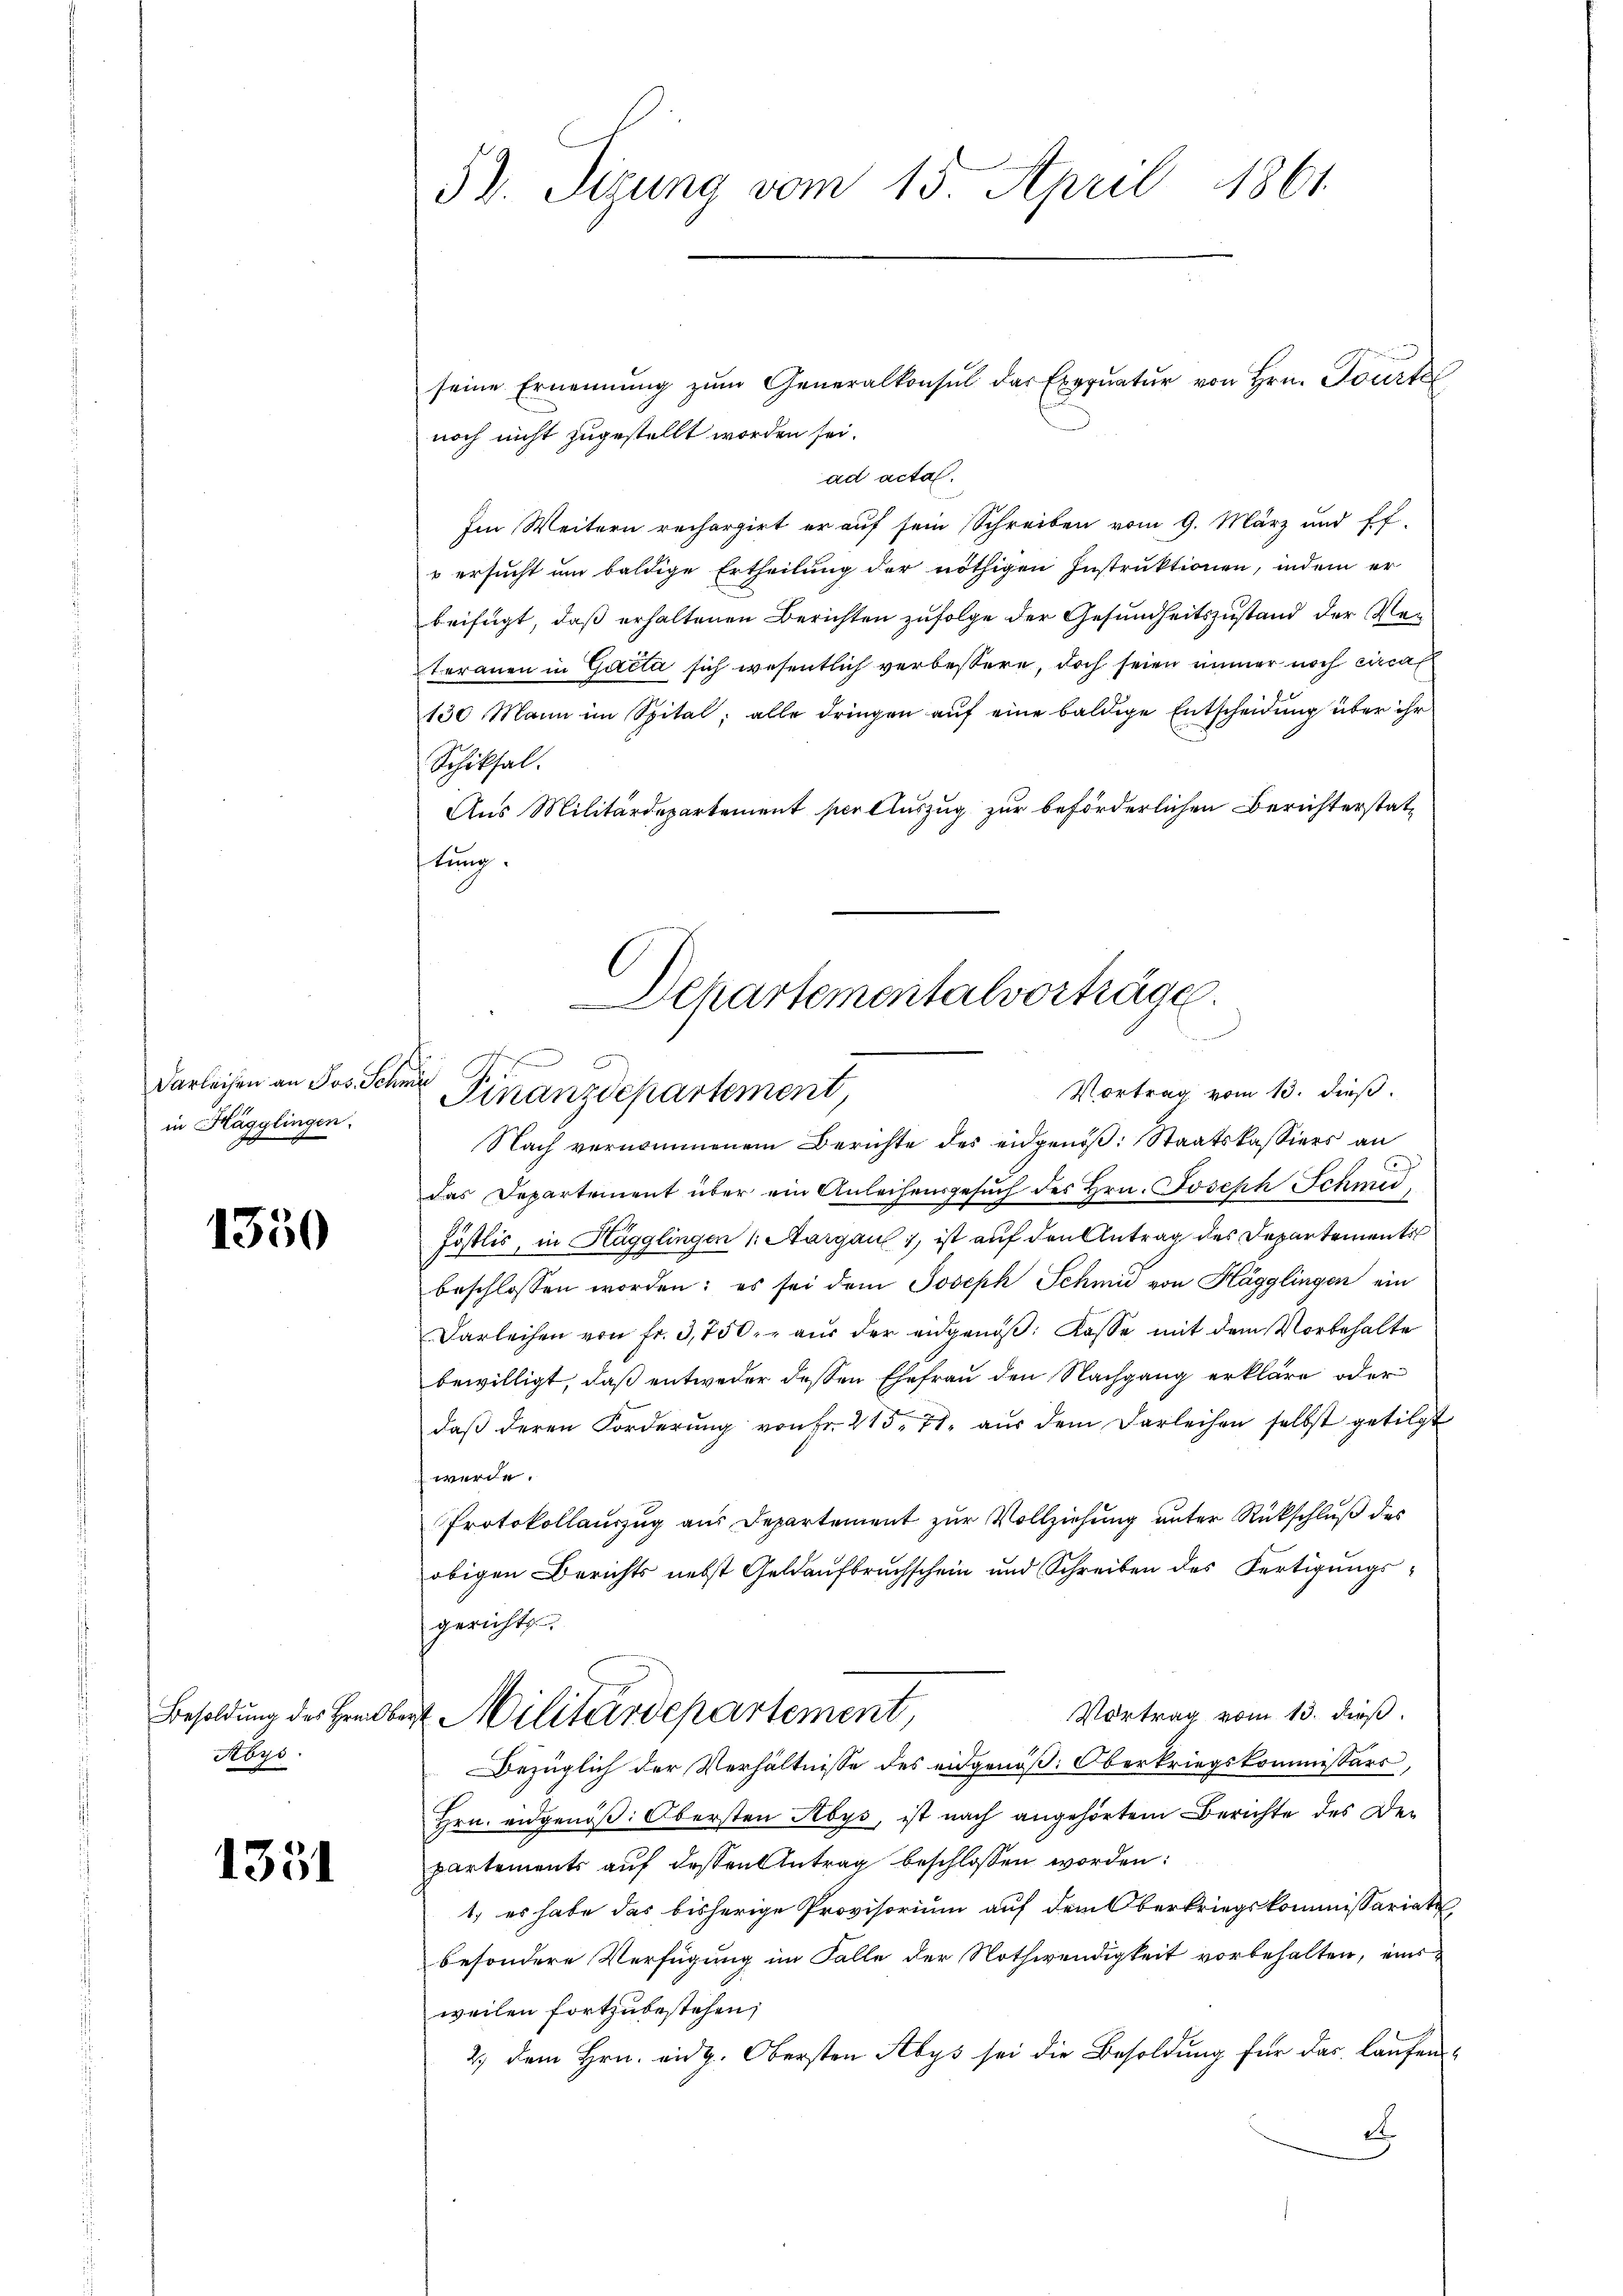
in Hägglingen.

1350

Besoldung des Breits
Abys

1331

noch nicht zugestellt worden sei.
ad acta.
Im Weitern rechargirt er auf sein Schreiben vom 9. März und ff.
 ersucht um baldige Ertheilung der nöthigen Instruktionen, indem er
beifügt, daß erhaltenen Berichten zufolge der Gesundheitszustand der Verteranen in Gutta sich wesentlich verbessere, doch seien immer noch circa
130 Mann im Spital, alle dringen auf eine baldige Entscheidung über ihr
Schiksal.
Aus Militärdepartement per Auszug zur beförderlichen Berichterstatstung.
l

53. Sigung vom 15. April 1861.

Nach vernommenem Berichte des eidgenöß: Staatskassiers an
das Departement über ein Anleihensgesuch des Hrn. Joseph Schmid¬
Föstlis, in Hägglingen 1. Aargau, ist auf den Antrag des Departements
beschlossen worden; es sei dem Joseph Schmid von Hägglingen ein
Darleihen von fr. 3,750.- aus der eidgenöß: Kasse mit dem Vorbehalte
bewilligt, daß entweder dessen Ehefrau den Nachgang erkläre, oder
daβ deren Forderŭng von Fr. 215. 71. aŭs dem Darleihen selbst getilgt
werde.
Protokollauszug aus Departement zur Vollziehung unter Rückschluß des
obigen Berichts nebst Geldaufbruchschein und Schreiben des Fertigungsgericht
Vortrag vom 13. dß.
 Militärdepartement,
Bezüglich der Verhältnisse des eidgenöß: Oberkriegskommissärs,
Hrn. eidgenöß: Obersten Abys, ist nach angehörtem Berichte des Departements auf dessen Antrag beschlossen worden:
1) es habe das bisherige Provisorium auf dem Oberkriegskommissariate
besondere Verfügung im Falle der Nothwendigkeit vorbehalten, einsweilen fortzubestehen;
2.) Dem Hrn. eidg. Obersten Abys sei die Besoldung für das laufend

seine Ernennung zŭm Generalkonsul der Exeqŭatŭr von Hrn. Tourt

Departementalvorträge.
Darleihen an Jos. Schner Finanzdepartement
Vortrag vom 13. dieß.